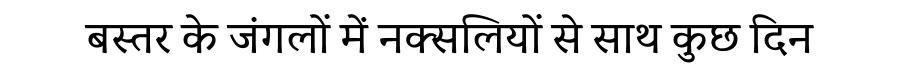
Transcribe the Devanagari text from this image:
बस्तर के जंगलों में नक्सलियों से साथ कुछ दिन